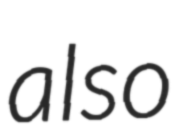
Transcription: also